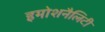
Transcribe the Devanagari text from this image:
इमोशनैलिटी